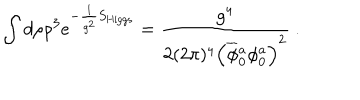
\int d \rho \rho ^ { 3 } e ^ { - \frac { 1 } { g ^ { 2 } } S _ { \mathrm { H i g g s } } } = \frac { g ^ { 4 } } { 2 ( 2 \pi ) ^ { 4 } \Big ( \overline { { \phi } } { } _ { 0 } ^ { a } \phi _ { 0 } ^ { a } \Big ) ^ { 2 } } ~ .